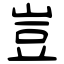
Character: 豈